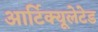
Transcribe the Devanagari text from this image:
आर्टिक्यूलेटेड